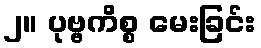
၂။ ပုဗ္ဗကိစ္စ မေးခြင်း